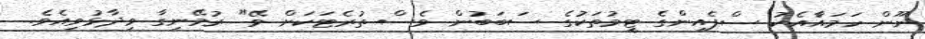
ނޫން ހަމައެާއެކު ސްޕެއިންގެ ޓީމުތަކުގެ ސަބަބުން ވެސް ތުރެޓަކަށް ވޭ" ރުމޭނިގާ ވިދާޅުވިއެވެ.